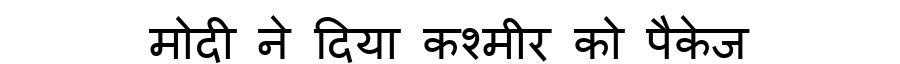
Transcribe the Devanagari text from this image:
मोदी ने दिया कश्मीर को पैकेज